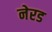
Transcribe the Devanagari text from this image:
नेरड